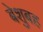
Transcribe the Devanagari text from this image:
बेशुबह